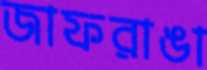
জাফরাঙা